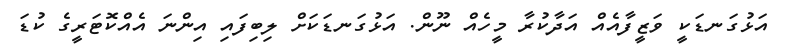
އަޅުގަނޑަކީ ވަޒީފާއެއް އަދާކުރާ މީހެއް ނޫން. އަޅުގަނޑަކަށް ލިބިފައި އިންނަ އެއްކޮޓަރީގެ ކުޑަ